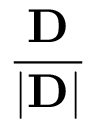
\frac { \mathbf { D } } { | \mathbf { D } | }